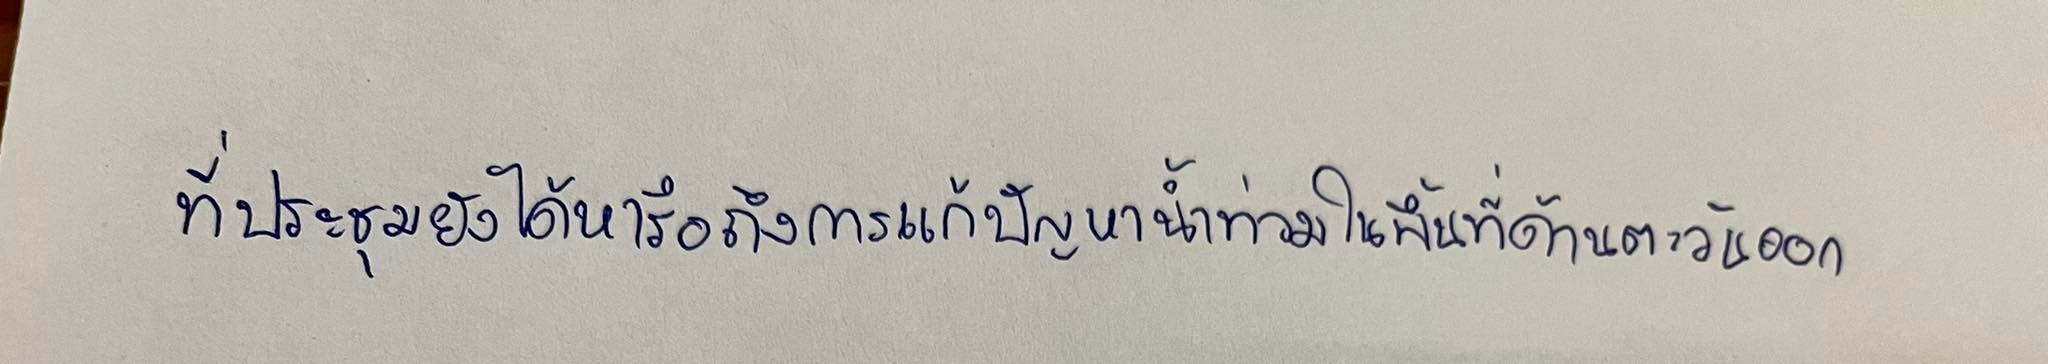
ที่ประชุมยังได้หารือถึงการแก้ปัญหาน้ำท่วมในพื้นที่ด้านตะวันออก